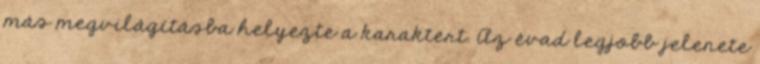
más megvilágításba helyezte a karaktert. Az évad legjobb jelenete